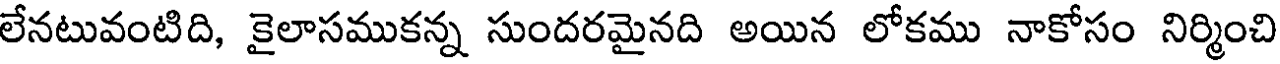
లేనటువంటిది, కైలాసముకన్న సుందరమైనది అయిన లోకము నాకోసం నిర్మించి